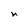
Character: n